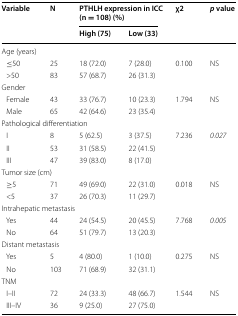
| <ROWSPAN=2> Variable | <ROWSPAN=2> N | <COLSPAN=2> PTHLH expression in ICC(n = 108) (%) | <ROWSPAN=2> χ2 | <ROWSPAN=2> p value |
 | High (75) | Low (33) |
 | --- | --- | --- | --- | --- | --- |
 | <COLSPAN=6> Age (years) |
 | ≤50 | 25 | 18 (72.0) | 7 (28.0) | <ROWSPAN=2> 0.100 | <ROWSPAN=2> NS |
 | >50 | 83 | 57 (68.7) | 26 (31.3) |
 | <COLSPAN=6> Gender |
 | Female | 43 | 33 (76.7) | 10 (23.3) | 1.794 | NS |
 | Male | 65 | 42 (64.6) | 23 (35.4) |  |  |
 | <COLSPAN=6> Pathological differentiation |
 | I | 8 | 5 (62.5) | 3 (37.5) | 7.236 | 0.027 |
 | II | 53 | 31 (58.5) | 22 (41.5) |  |  |
 | III | 47 | 39 (83.0) | 8 (17.0) |  |  |
 | <COLSPAN=6> Tumor size (cm) |
 | ≥5 | 71 | 49 (69.0) | 22 (31.0) | 0.018 | NS |
 | <5 | 37 | 26 (70.3) | 11 (29.7) |  |  |
 | <COLSPAN=6> Intrahepatic metastasis |
 | Yes | 44 | 24 (54.5) | 20 (45.5) | 7.768 | 0.005 |
 | No | 64 | 51 (79.7) | 13 (20.3) |  |  |
 | <COLSPAN=6> Distant metastasis |
 | Yes | 5 | 4 (80.0) | 1 (10.0) | 0.275 | NS |
 | No | 103 | 71 (68.9) | 32 (31.1) |  |  |
 | <COLSPAN=6> TNM |
 | I–II | 72 | 24 (33.3) | 48 (66.7) | 1.544 | NS |
 | III–IV | 36 | 9 (25.0) | 27 (75.0) |  |  |